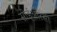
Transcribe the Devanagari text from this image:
सीईआरसी